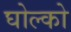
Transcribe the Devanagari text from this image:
घोल्को